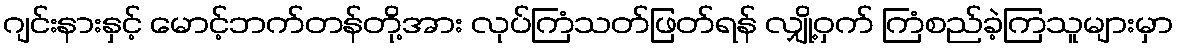
ဂျင်းနားနှင့် မောင့်ဘက်တန်တို့အား လုပ်ကြံသတ်ဖြတ်ရန် လျှို့ဝှက် ကြံစည်ခဲ့ကြသူများမှာ